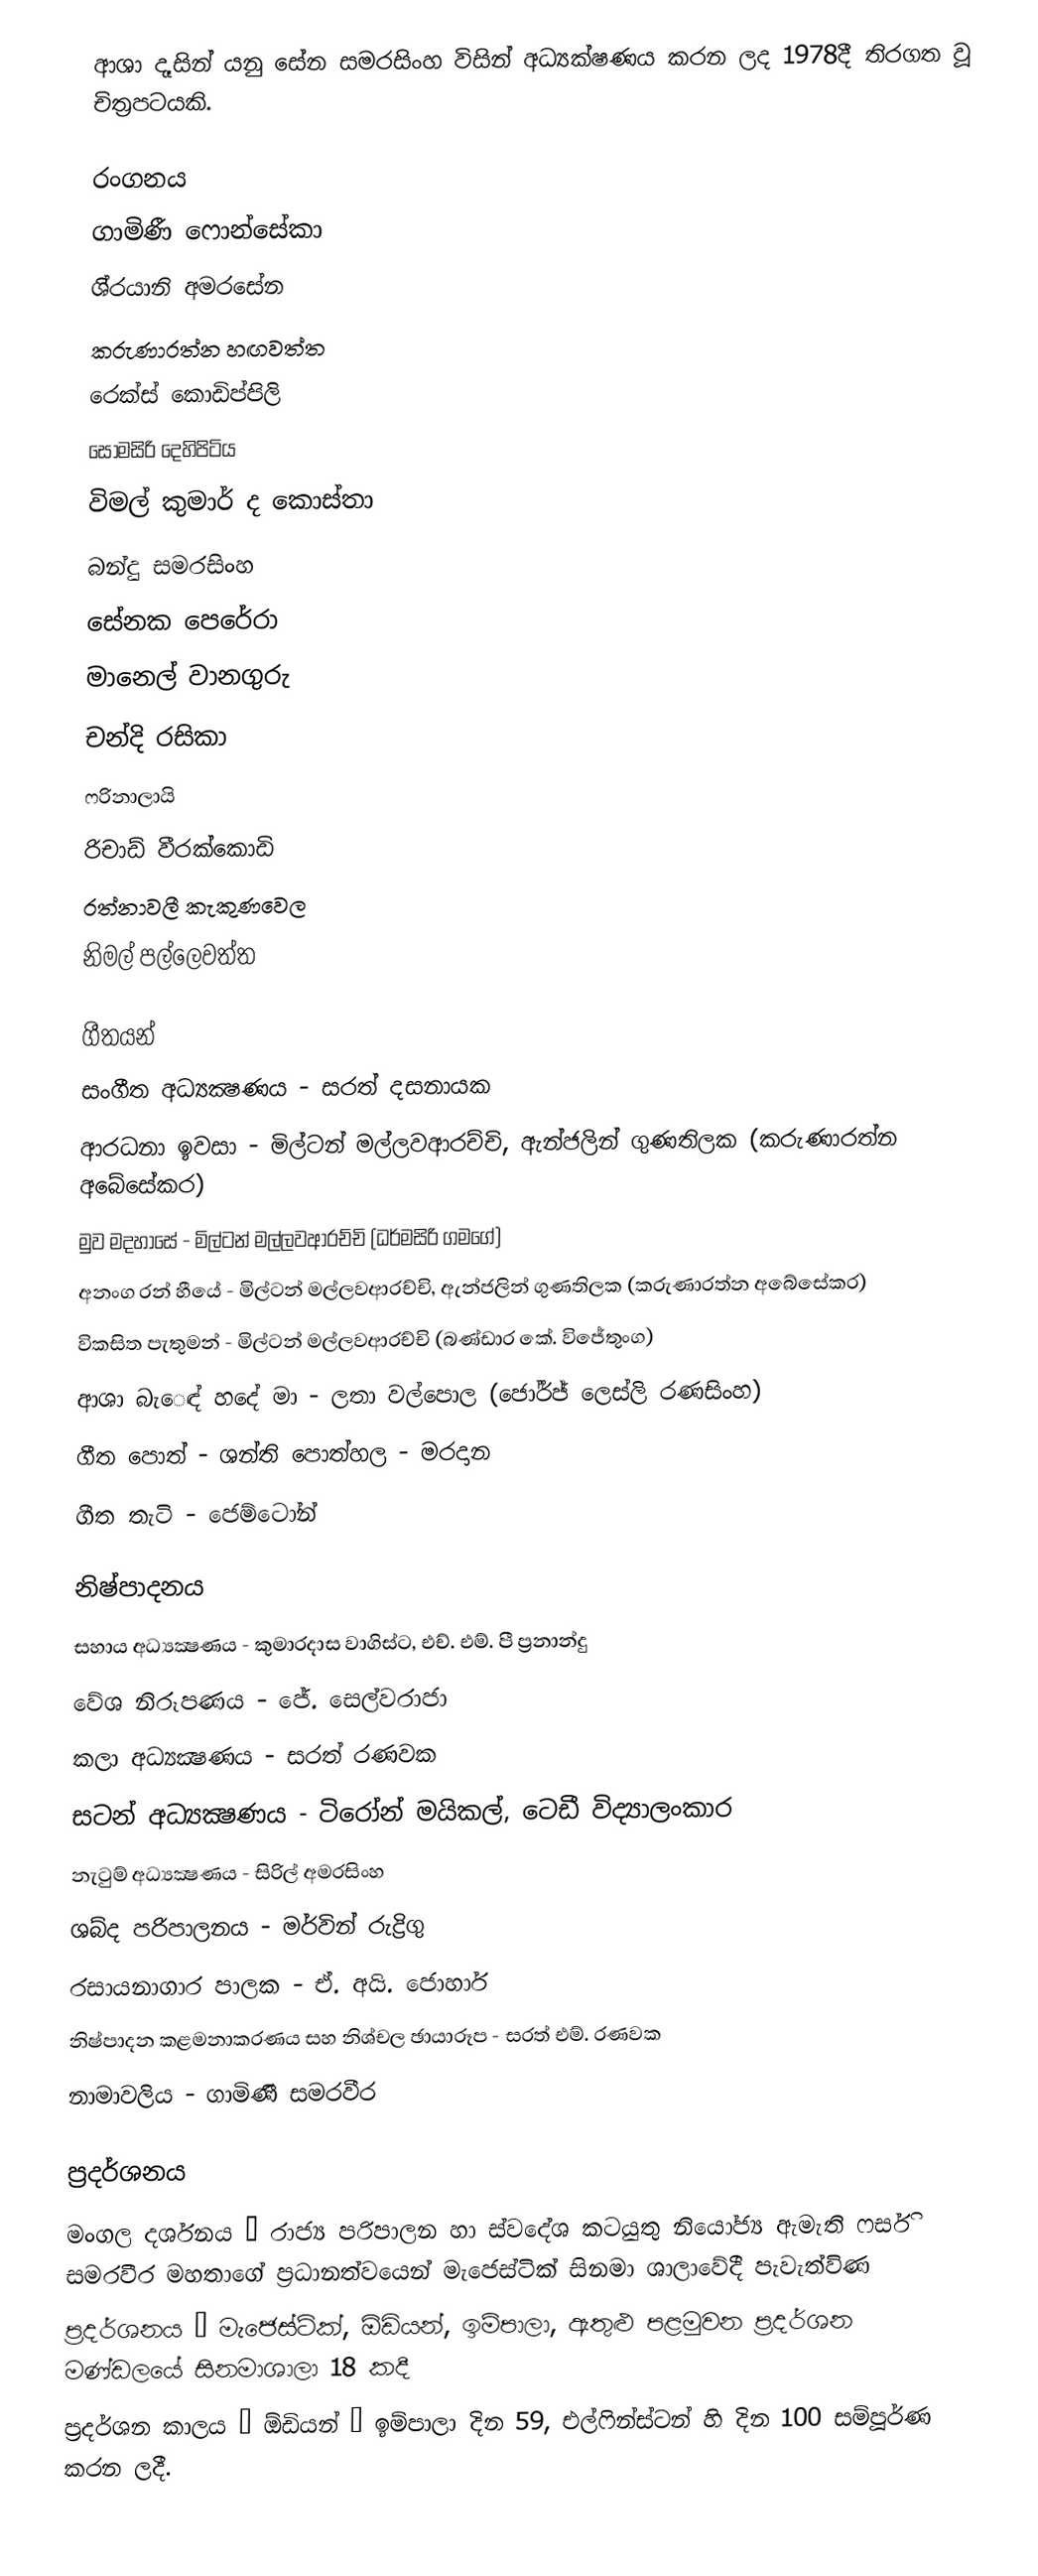
ආශා දෑසින් යනු සේන සමරසිංහ විසින් අධ්‍යක්ෂණය කරන ලද 1978දී තිරගත වූ චිත්‍රපටයකි.

රංගනය
ගාමිණී ෆොන්සේකා
ශි‍්‍රයානි අමරසේන
කරුණාරත්න හඟවත්ත
රෙක්ස් කොඩිප්පිලි
සෝමසිරි දෙහිපිටිය
විමල් කුමාර් ද කොස්තා
බන්දු සමරසිංහ
සේනක පෙරේරා
මානෙල් වානගුරු
චන්දි රසිකා
ෆරිනාලායි
රිචාඩ් වීරක්කොඩි
රත්නාවලී කැකුණවෙල
නිමල් පල්ලෙවත්ත

ගීතයන්
සංගීත අධ්‍යක්‍ෂණය - සරත් දසනායක
ආරධනා ඉවසා - මිල්ටන් මල්ලවආරච්චි, ඇන්ජලින් ගුණතිලක (කරුණාරත්න අබේසේකර)
මුව මදහාසේ - මිල්ටන් මල්ලවආරච්චි (ධර්මසිරි ගමගේ)
අනංග රන් හීයේ - මිල්ටන් මල්ලවආරච්චි, ඇන්ජලින් ගුණතිලක (කරුණාරත්න අබේසේකර)
විකසිත පැතුමන් - මිල්ටන් මල්ලවආරච්චි (බණ්ඩාර කේ. විජේතුංග)
ආශා බැෙඳ් හදේ මා - ලතා වල්පොල (ජෝර්ජ් ලෙස්ලි රණසිංහ)
ගීත පොත් - ශන්ති පොත්හල - මරදාන
ගීත තැටි - ජෙම්ටෝන්

නිෂ්පාදනය
සහාය අධ්‍යක්‍ෂණය - කුමාරදාස වාගිස්ට, එච්. එම්. පී ප්‍රනාන්දු
වේශ නිරූපණය - ජේ. සෙල්වරාජා
කලා අධ්‍යක්‍ෂණය - සරත් රණවක
සටන් අධ්‍යක්‍ෂණය - ටිරෝන් මයිකල්, ටෙඩී විද්‍යාලංකාර
නැටුම් අධ්‍යක්‍ෂණය - සිරිල් අමරසිංහ
ශබ්ද පරිපාලනය - මර්වින් රුද්‍රිගු
රසායනාගාර පාලක - ඒ. අයි. ජොහාර්
නිෂ්පාදන කළමනාකරණය සහ නිශ්චල ඡායාරූප - සරත් එම්. රණවක
නාමාවලිය - ගාමිණී සමරවීර

ප්‍රදර්ශනය
මංගල දර්ශනය – රාජ්‍ය පරිපාලන හා ස්වදේශ කටයුතු නියෝජ්‍ය ඇමැති ෆර්සි සමරවීර මහතාගේ ප්‍රධානත්වයෙන් මැජෙස්ටික් සිනමා ශාලාවේදී පැවැත්විණ
ප්‍රදර්ශනය – මැජෙස්ටික්, ඕඩියන්, ඉම්පාලා, ඇතුළු පළමුවන ප්‍රදර්ශන මණ්ඩලයේ සිනමාශාලා 18 කදී
ප්‍රදර්ශන කාලය – ඕඩියන් – ඉම්පාලා දින 59, එල්ෆින්ස්ටන් හි දින 100 සම්පූර්ණ කරන ලදී.